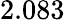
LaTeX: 2.083